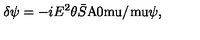
\delta \psi = - i E ^ { 2 } \theta \bar { S } { \mathrm { A \mkern - 1 0 m u / \mkern 1 m u } } \psi ,